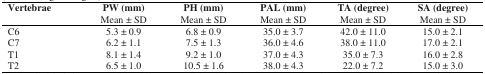
| Vertebrae | PW (mm)Mean ± SD | PH (mm)Mean ± SD | PAL (mm)Mean ± SD | TA (degree)Mean ± SD | SA (degree)Mean ± SD |
 | --- | --- | --- | --- | --- | --- |
 | C6 | 5.3 ± 0.9 | 6.8 ± 0.9 | 35.0 ± 3.7 | 42.0 ± 11.0 | 15.0 ± 2.1 |
 | C7 | 6.2 ± 1.1 | 7.5 ± 1.3 | 36.0 ± 4.6 | 38.0 ± 11.0 | 17.0 ± 2.1 |
 | T1 | 8.1 ± 1.4 | 9.2 ± 1.0 | 37.0 ± 4.3 | 35.0 ± 7.3 | 16.0 ± 2.8 |
 | T2 | 6.5 ± 1.0 | 10.5 ± 1.6 | 38.0 ± 4.3 | 22.0 ± 7.2 | 15.0 ± 3.0 |